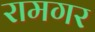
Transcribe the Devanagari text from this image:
रामगर